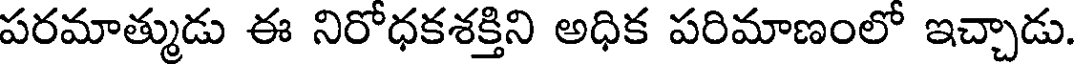
పరమాత్ముడు ఈ నిరోధకశక్తిని అధిక పరిమాణంలో ఇచ్చాడు.